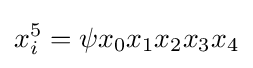
x_{i}^{5}=\psi x_{0}x_{1}x_{2}x_{3}x_{4}